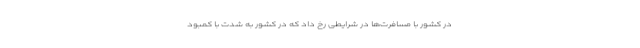
در کشور با مسافرت‌ها در شرایطی رخ داد که در کشور به شدت با کمبود